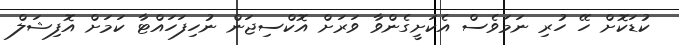
ކުޑަކޮށް ހޭ ހުރި ނަމަވެސް އެކަށީގެންވާ ވަރަށް އޮކްސިޖަން ނުހިފަހައްޓާ ކަމަށް އޮފިޝަލް